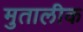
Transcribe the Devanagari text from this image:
मुतालीक